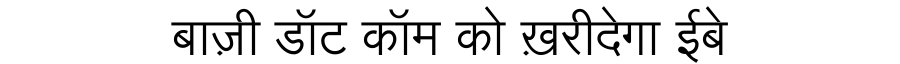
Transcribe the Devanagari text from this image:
बाज़ी डॉट कॉम को ख़रीदेगा ईबे